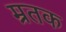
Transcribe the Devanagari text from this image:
म्रतक